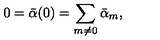
0 = { \bar { \alpha } } ( 0 ) = \sum _ { m \neq 0 } { \bar { \alpha } } _ { m } ,